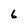
Character: 6